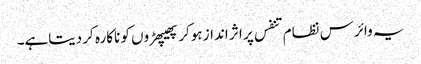
یہ وائرس نظام تنفس پر اثر انداز ہوکر پھیپھڑوں کو ناکارہ کر دیتاہے۔